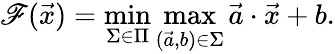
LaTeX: \mathscr{F}({\vec{{x}}})=\operatorname*{min}_{\Sigma\in\Pi}\operatorname*{max}_{({\vec{{a}}},b)\in\Sigma}{\vec{{a}}}\cdot{\vec{{x}}}+b.